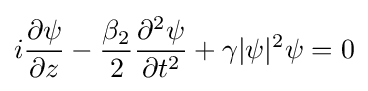
i{\frac {\partial \psi }{\partial z}}-{\frac {\beta _{2}}{2}}{\frac {\partial ^{2}\psi }{\partial t^{2}}}+\gamma |\psi |^{2}\psi =0